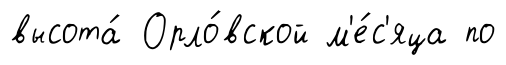
высота́ Орло́вской м'е́с'яца по